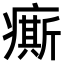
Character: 𤺊